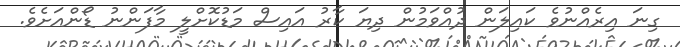
ގިނަ އިރެއްނުވެ ކައިލަން ދުއްވަމުން ދިޔަ ކާރު އައިސް މަޑުކޮށްލީ މާފަންނު ޑޯންއަށެވެ.